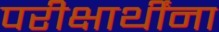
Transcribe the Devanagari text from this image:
परीक्षार्थींना